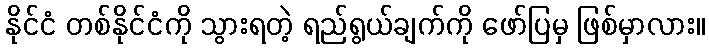
နိုင်ငံ တစ်နိုင်ငံကို သွားရတဲ့ ရည်ရွယ်ချက်ကို ဖော်ပြမှ ဖြစ်မှာလား။